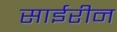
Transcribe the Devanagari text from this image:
साईरीन